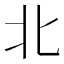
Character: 北